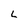
Character: L